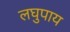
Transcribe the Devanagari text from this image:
लघुपाय